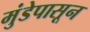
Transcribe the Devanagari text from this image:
मुंडेपासून